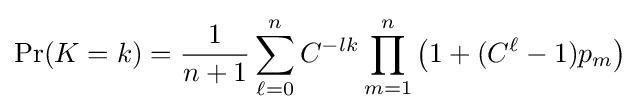
\Pr(K=k)={\frac {1}{n+1}}\sum _{\ell =0}^{n}C^{-lk}\prod _{m=1}^{n}\left(1+(C^{\ell }-1)p_{m}\right)